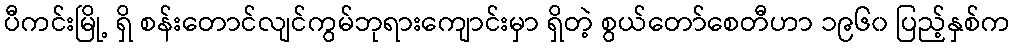
ပီကင်းမြို့ ရှိ စန်းတောင်လျင်ကွမ်ဘုရားကျောင်းမှာ ရှိတဲ့ စွယ်တော်စေတီဟာ ၁၉၆၀ ပြည့်နှစ်က